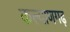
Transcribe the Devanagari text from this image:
कल्याणगढ़